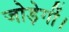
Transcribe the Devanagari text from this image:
जोड़ेगीं।